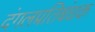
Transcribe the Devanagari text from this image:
दंगलप्रतिबंधक